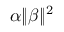
\alpha \| \beta \| ^ { 2 }